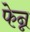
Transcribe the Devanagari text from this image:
फेन्न